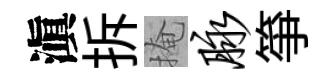
滇拆掩脉箏